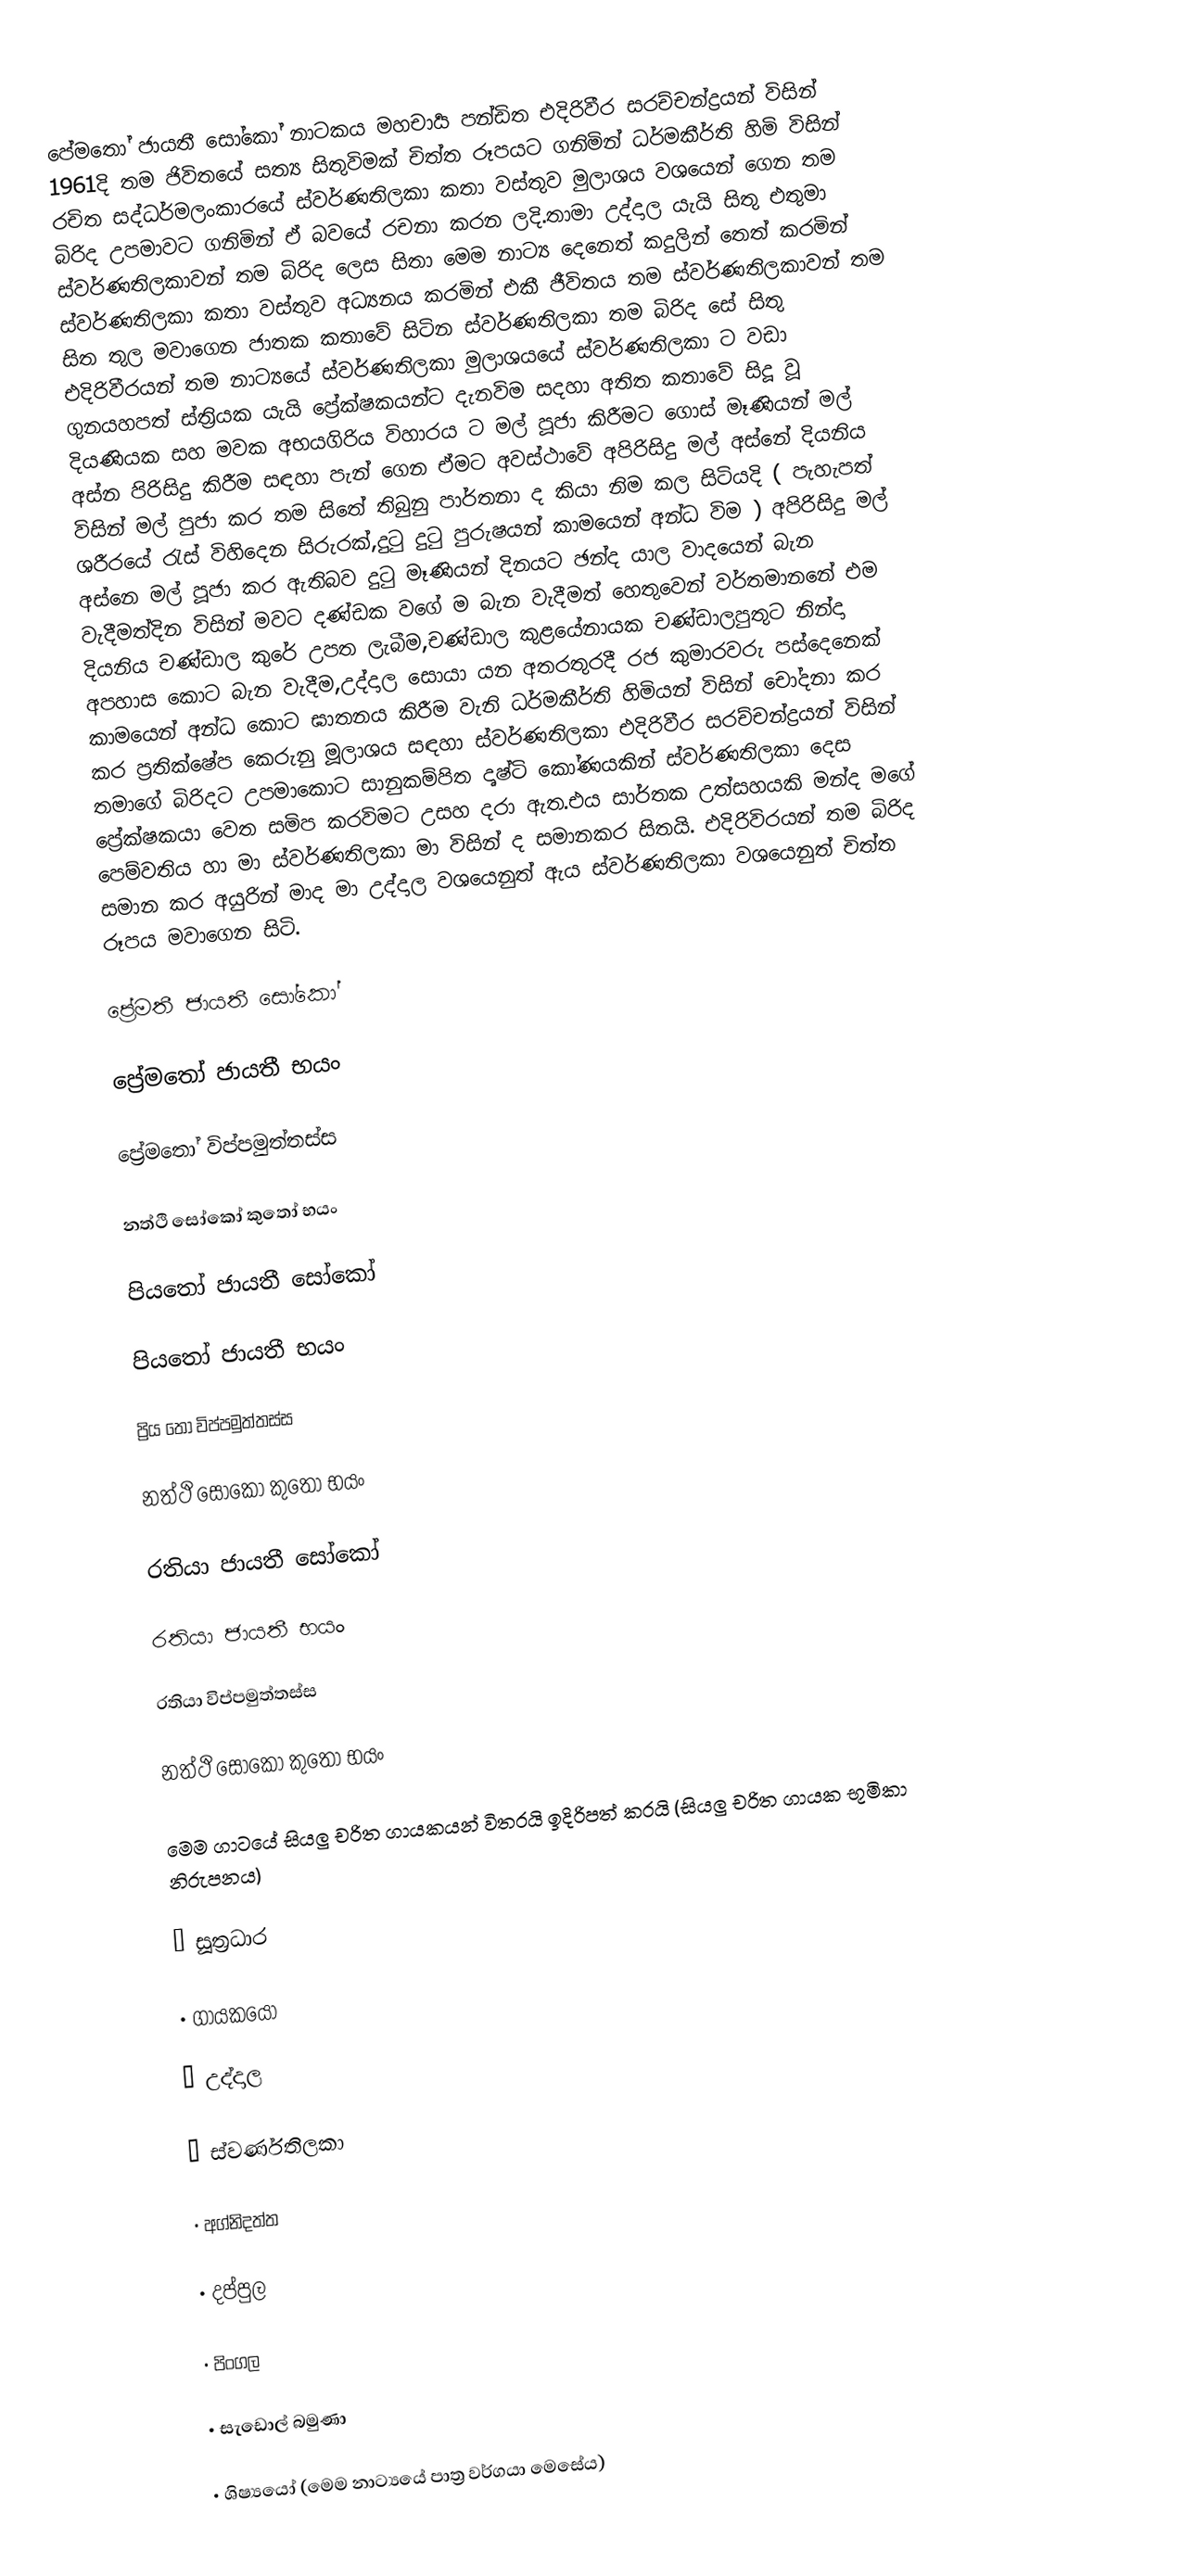
පේමතෝ ජායතී සෝකෝ නාටකය මහචාර්‍ය පන්ඩිත එදිරිවීර සරච්චන්ද්‍රයන් විසින් 1961දි තම ජිවිතයේ සත්‍ය සිතුවිමක් චිත්ත රූපයට ගනිමින්  ධර්මකීර්ති හිමි විසින් රචිත සද්ධර්මලංකාරයේ ස්වර්ණතිලකා  කතා වස්තුව මුලාශය වශයෙන් ගෙන තම බිරිද උපමාවට ගනිමින් ඒ බවයේ රචනා කරන ලදි.තාමා උද්දාල යැයි සිතු එතුමා ස්වර්ණතිලකාවන් තම බිරිද ලෙස සිතා මෙම නාට්‍ය දෙනෙත් කදුලින් තෙත් කරමින් ස්වර්ණතිලකා කතා වස්තුව අධ්‍යනය කරමින් එකී ජීවිතය තම ස්වර්ණතිලකාවන් තම සිත තුල මවාගෙන ජාතක කතාවේ සිටින ස්වර්ණතිලකා තම බිරිද සේ සිතු එදිරිවීරයන් තම නාට්‍යයේ ස්වර්ණතිලකා මුලාශයයේ ස්වර්ණතිලකා ට වඩා ගුනයහපත් ස්ත්‍රියක යැයි ප්‍රේක්ෂකයන්ට දැනවිම සදහා අතිත කතාවේ සිදූ වූ දියණියක සහ මවක අභයගිරිය විහාරය ට මල් පූජා කිරීමට ගොස් මෑණියන් මල් අස්න පිරිසිදු කිරීම සඳහා පැන් ගෙන ඒමට අවස්ථාවේ අපිරිසිදු මල් අස්නේ දියනිය විසින් මල් පුජා කර තම සිතේ තිබුනු පාර්තනා ද කියා නිම කල සිටියදි ( පැහැපත් ශරීරයේ රැස් විහිදෙන සිරුරක්,දුටු දුටු පුරුෂයන් කාමයෙන් අන්ධ විම ) අපිරිසිදු මල් අස්නෙ මල් පූජා කර ඇතිබව දුටු මෑණියන් දිනයට ඡන්ද යාල වාදයෙන් බැන වැදීමත්දින විසින් මවට දණ්ඩක වගේ ම බැන වැදීමත් හෙතුවෙන් වර්තමානනේ එම දියනිය චණ්ඩාල කුරේ උපත ලැබීම,චණ්ඩාල කුළයේනායක චණ්ඩාලපුතුට නින්දා අපහාස කොට බැන වැදීම,උද්දාල සොයා යන අතරතුරදී රජ කුමාරවරු පස්දෙනෙක් කාමයෙන් අන්ධ කොට ඝාතනය කිරීම වැනි ධර්මකීර්ති හිමියන් විසින් චෝදනා කර කර ප්‍රතික්ෂේප කෙරුනු මූලාශය සඳහා ස්වර්ණතිලකා එදිරිවීර සරච්චන්ද්‍රයන් විසින් තමාගේ බිරිදට උපමාකොට සානුකම්පිත දෘෂ්ටි කෝණයකින්  ස්වර්ණතිලකා දෙස ප්‍රේක්ෂකයා වෙත සමිප කරවිමට උසහ දරා ඇත.එය සාර්තක උත්සහයකි මන්ද මගේ පෙම්වතිය හා මා ස්වර්ණතිලකා මා විසින් ද සමානකර සිතයි. එදිරිවිරයන් තම බිරිද සමාන කර අයුරින් මාද මා උද්දාල වශයෙනුත් ඇය ස්වර්ණතිලකා වශයෙනුත් චිත්ත රූපය මවාගෙන සිටි.

ප්‍රේමතී ජායතී සෝකෝ

ප්‍රේමතෝ ජායතී භයං

ප්‍රේමතෝ විප්පමුත්තස්ස

නත්ථි සෝකෝ කුතෝ භයං

පියතෝ ජායතී සෝකෝ

පියතෝ ජායතී භයං

ප්‍රිය තෝ විප්පමුත්තස්ස

නත්ථි සෝකෝ කුතෝ භයං

රතියා ජායතී සෝකෝ

රතියා ජායතී භයං

රතියා විප්පමුත්තස්ස

නත්ථි සෝකෝ කුතෝ භයං

මෙම ගාටයේ සියලු චරිත ගායකයන් විතරයි ඉදිරිපත් කරයි (සියලු චරිත ගායක භූමිකා නිරුපනය)

• සූත්‍රධාර

• ගායකයො

• උද්දාල

• ස්වර්ණතිලකා

• අග්නිදත්ත

• දප්පුල

• පිංගල

• සැඩොල් බමුණා

• ශිෂ්‍යයෝ (මෙම නාට්‍යයේ පාත්‍ර වර්ගයා මෙසේය)